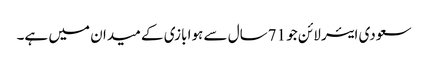
سعودی ایئر لائن جو 71سال سے ہوا بازی کے میدان میں ہے۔